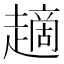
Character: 𧽦